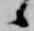
候